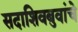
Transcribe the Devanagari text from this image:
सदाशिवबुवांचे